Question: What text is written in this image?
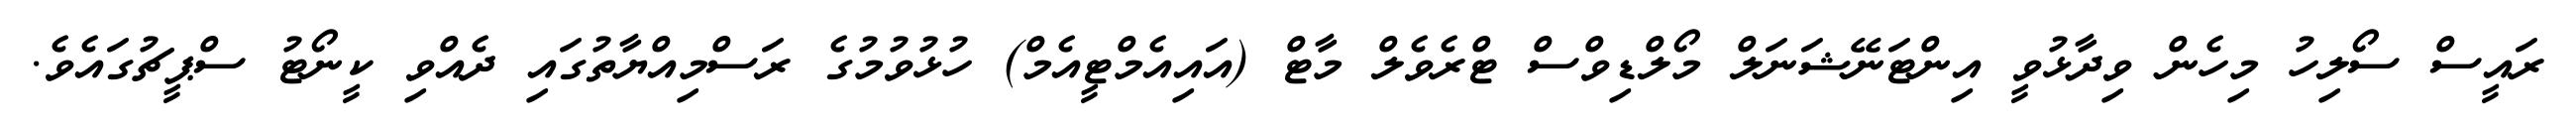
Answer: ރައީސް ސޯލިހު މިހެން ވިދާޅުވީ އިންޓަނޭޝަނަލް މޯލްޑިވްސް ޓްރެވެލް މާޓް (އައިއެމްޓީއެމް) ހުޅުވުމުގެ ރަސްމިއްޔާތުގައި ދެއްވި ކީނޯޓު ސްޕީޗުގައެވެ.